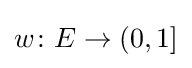
w\colon E\rightarrow (0,1]